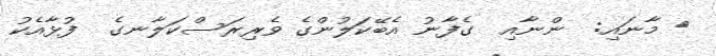
٥ މާނައި:  ންނާއި  ގެފާނު އެބޭކަލުންގެ ވެރިރަސްކަލާނގެ  ފުޅާއެކު